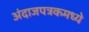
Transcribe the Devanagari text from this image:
अंदाजपत्रकमध्ये